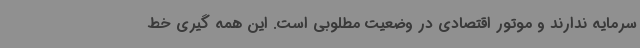
سرمایه ندارند و موتور اقتصادی در وضعیت مطلوبی است. این همه گیری خط